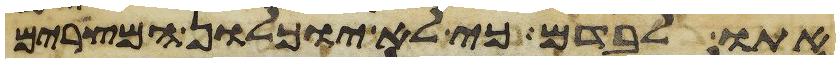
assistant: אתו לבדם כי לא יוכלון המצרים